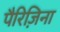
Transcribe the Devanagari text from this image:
पैरिज़िना